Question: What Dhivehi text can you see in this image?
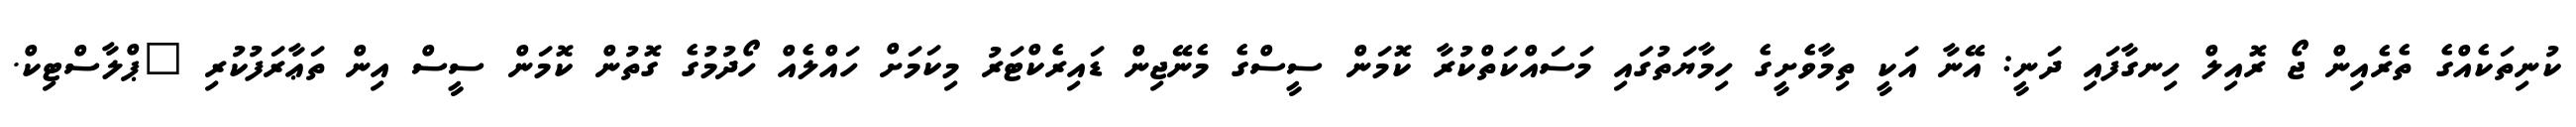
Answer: ކުނިތަކެއްގެ ތެރެއިން ޖޯ ރޮއިލް ހިނގާފައި ދަނީ: އޭނާ އަކީ ތިމާވެށީގެ ހިމާޔަތުގައި މަސައްކަތްކުރާ ކޮމަން ސީސްގެ މެނޭޖިން ޑައިރެކްޓަރު މިކަމަށް ހައްލެއް ހޯދުމުގެ ގޮތުން ކޮމަން ސީސް އިން ތަޢާރަފުކުރި "ޕްލާސްޓިކް.